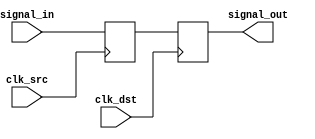
module dual_flip_flop_synchronizer (
    input wire clk_src,      // Source clock
    input wire clk_dst,      // Destination clock
    input wire signal_in,     // Input signal to be synchronized
    output reg signal_out     // Synchronized output signal
);

    // Internal signals for the first flip-flop output
    reg ff1_out;

    // First flip-flop (clocked by source clock)
    always @(posedge clk_src) begin
        ff1_out <= signal_in; // Capture input signal
    end

    // Second flip-flop (clocked by destination clock)
    always @(posedge clk_dst) begin
        signal_out <= ff1_out; // Transfer output of first flip-flop
    end

endmodule